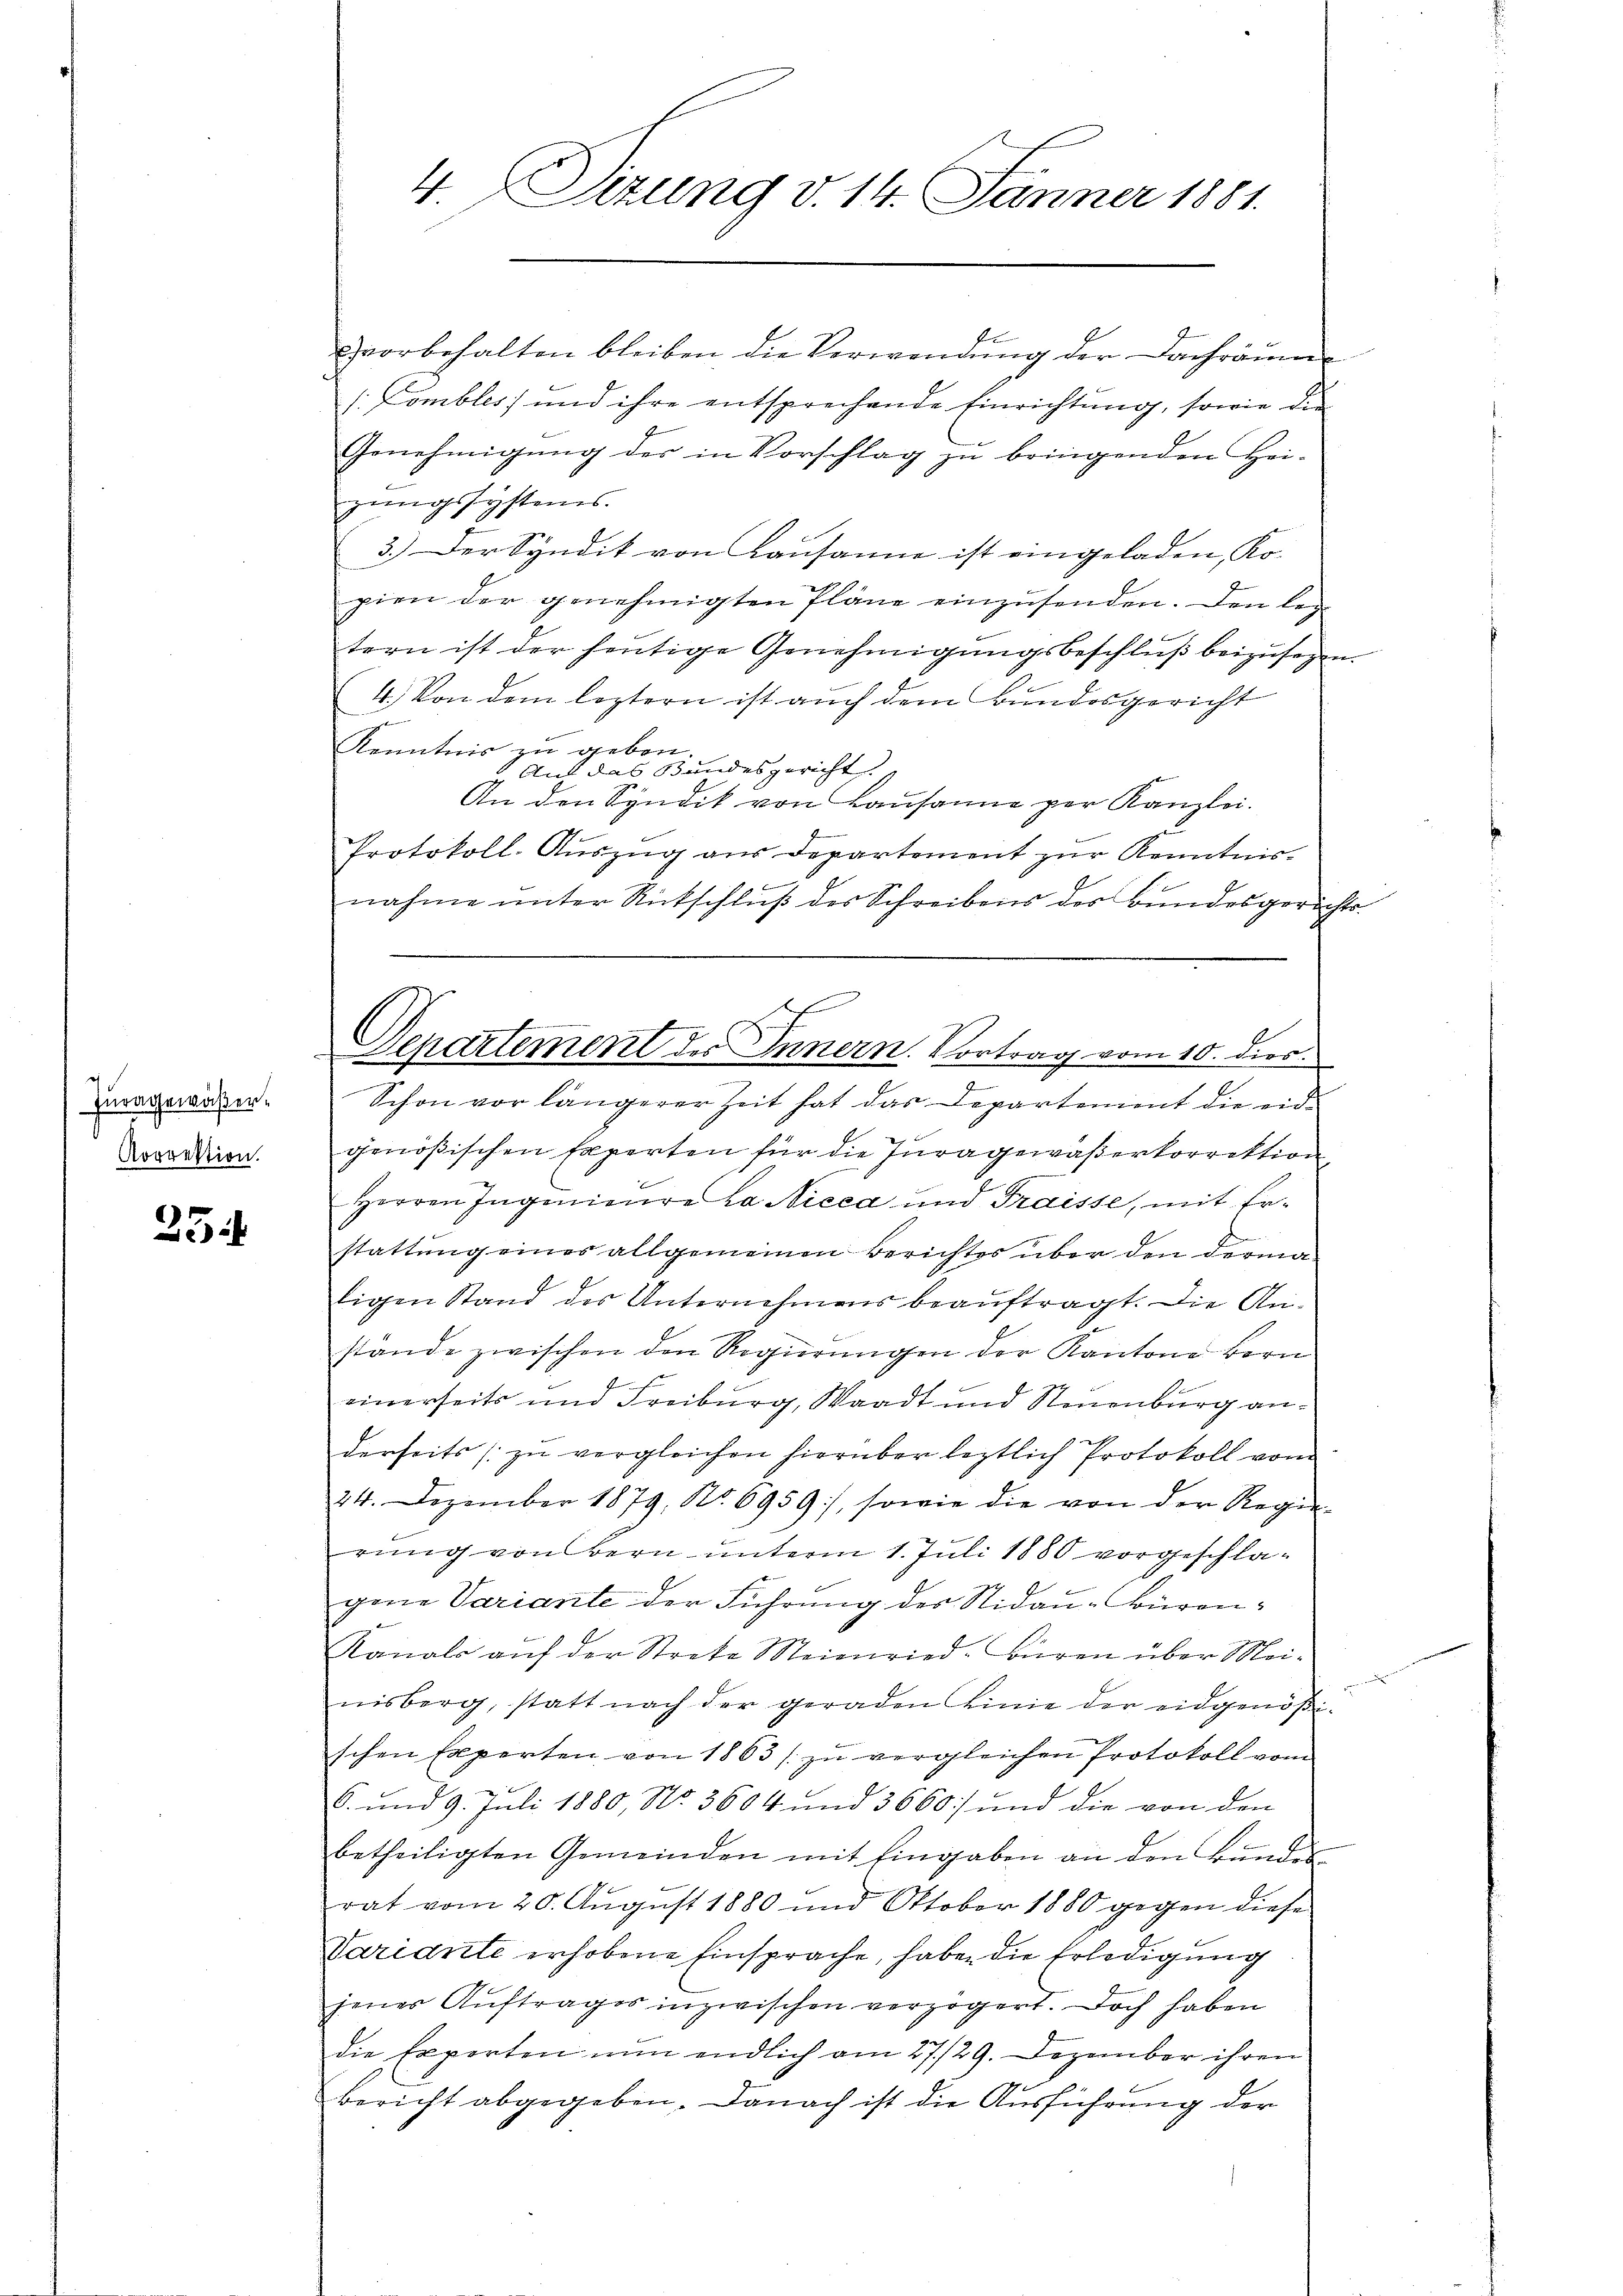
Juragewäßer¬
Korrektion.

25

vorbehalten bleiben, die Verwendung der Dachräume
[Combles; und ihre entsprechende Einrichtung, sowie die
Genehmigung der in Vorschlag zu bringenden Heigungssystems.
3.) Der Syndik von Lausanne ist eingeladen, Ko-
pien der genehmigten Pläne einzŭsenden. Den leg
tern ist der heutige Genehmigungsbeschluß beizusagen.
4.) Von dem leztern ist auch dem Bundesgericht
Kenntnis zu geben.
Auf das Bundesgericht
An den Syndik von Lausanne per Kanzlei.
Protokoll. Aŭszŭg aŭs Departement zŭr Kenntnis-
19
nahme unter Rütschluß des Schreibens der Bundesgerichts-
.
Schon vor längerer Zeit hat das Departement die eid-
genößischen Experten für die Juragewaßerkorrektion
Herren Ingenieure la Nicca und Fraisse, mit Er-
stattung eines allgemeinen Berichtes über den derma
ligen Stand des Unternehmens beauftragt. Die Anstande zwischen den Regierŭngen der Kantone Bern
f
einerseits und Freiburg, Waadt und Neuenburg anderseits zŭ vergleichen hierüber leztlich Protokoll vom
24. Dezember 1879, No. 6959), sowie die von der Regie-
rung von Bern unterm 1. Juli 1880 vorgeschlagene Variante der Führung des Nidau-Büren¬
Kanals aŭf der Streke Meienried-Büren über Mei-
nisberg, statt nach der geraden Linie der eidgenößischen Experten von 1863 / zŭ vergleichen Protokoll von
6. und 9. Juli 1880, No. 3604 und 3660) und die von den
betheiligten Gemeinden mit Eingaben an den Bunden
rat vom 20. August 1880 und Oktober 1880 gegen diese
Variante erhobene Einsprache, habe die Erledigung
jenes Auftrages inzwischen verzögert. Doch haben
die Experten nun endlich am 27./29. Dezember ihren
bericht abgegeben. Danach ist die Ausführung der

4 Sizung v. 14. Jänner 1881.

c
Denartement des Innern. Vortrag vom 10. dies.